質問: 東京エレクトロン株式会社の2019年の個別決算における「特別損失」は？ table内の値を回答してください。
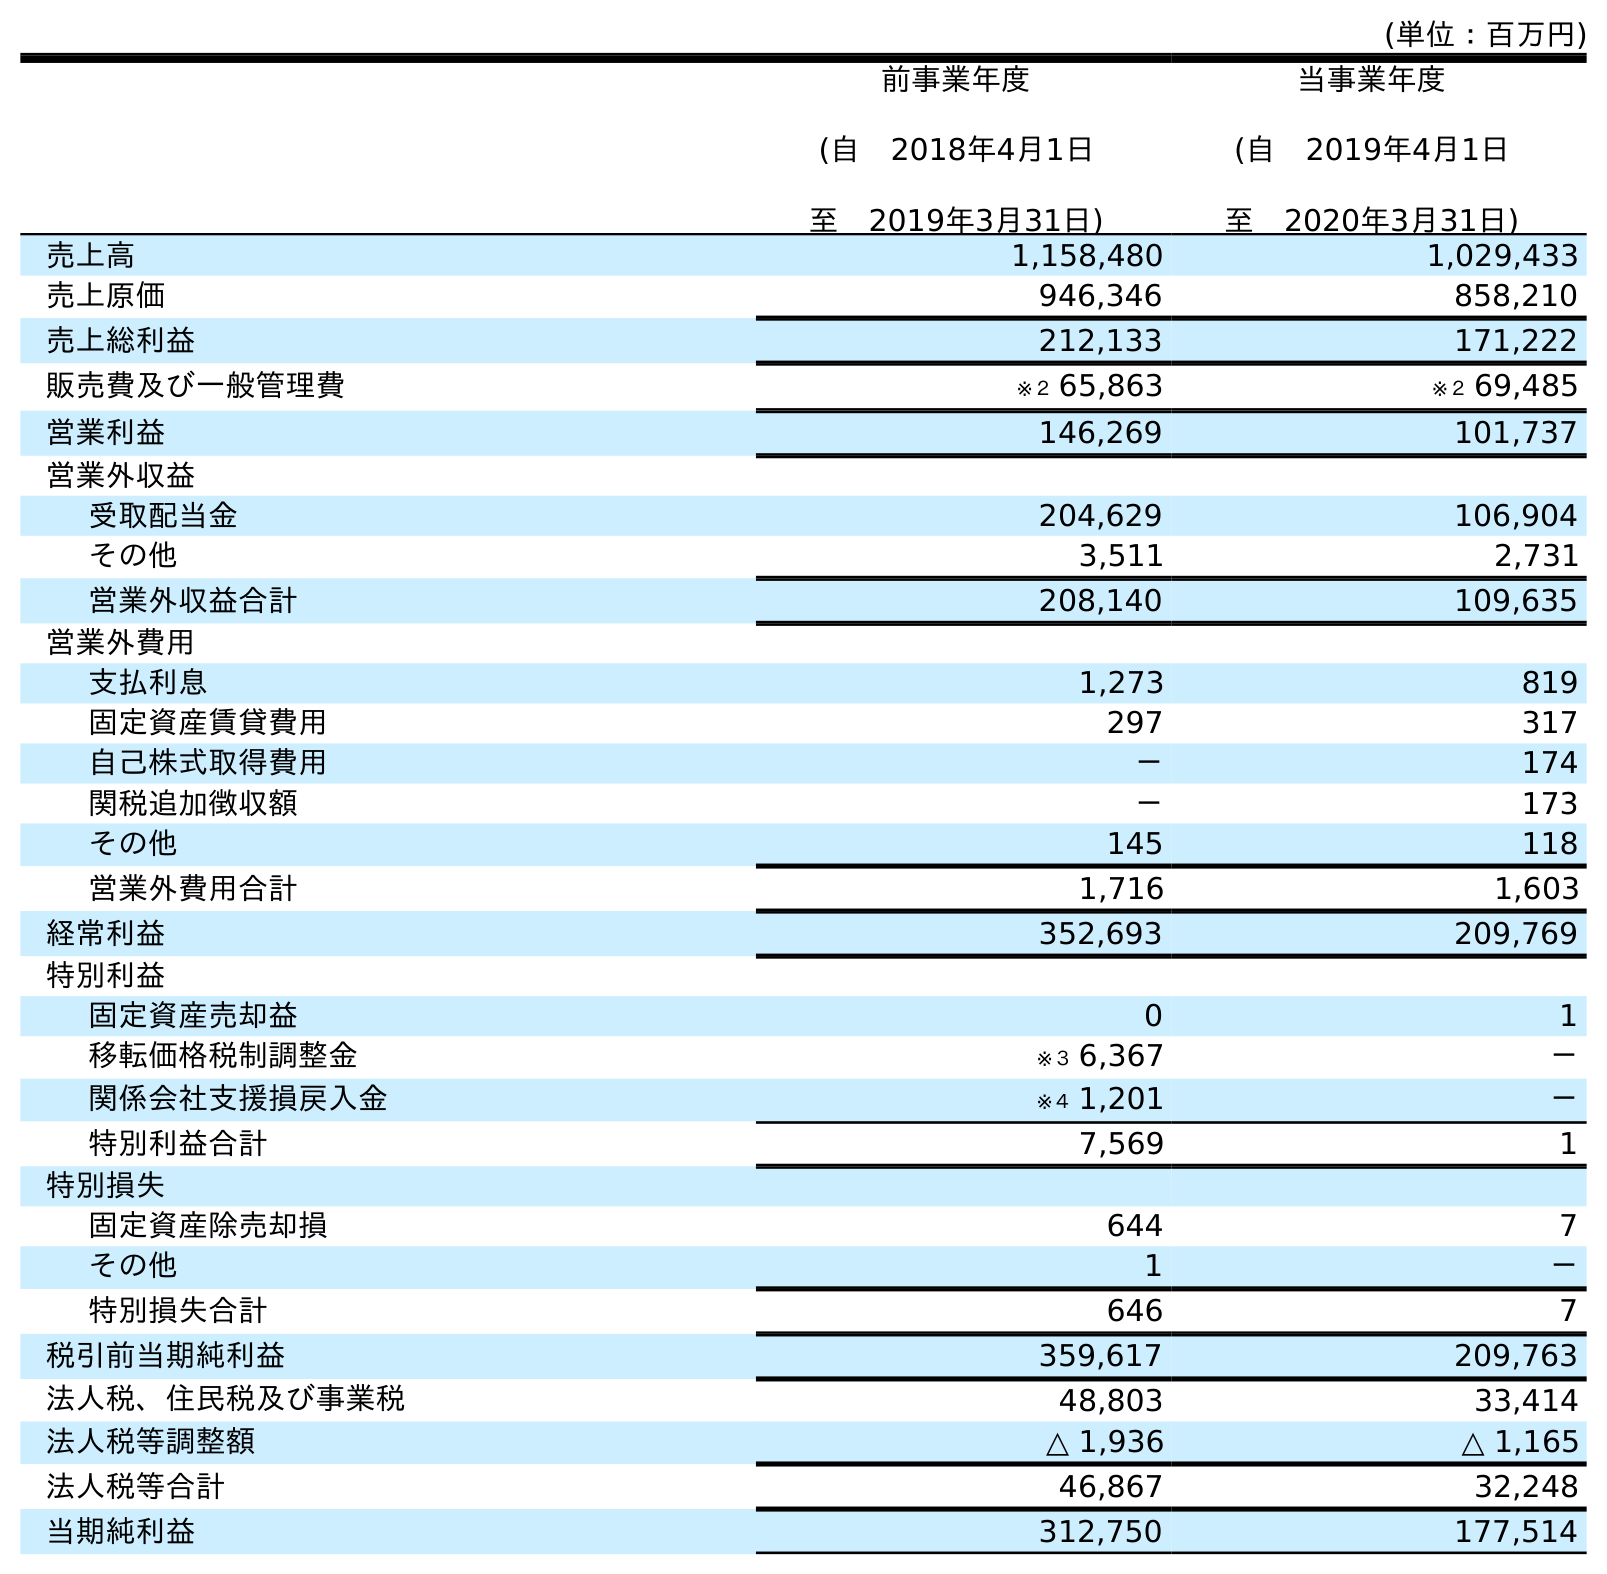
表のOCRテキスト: (単位：百万円) 前事業年度 (自 2018年4月1日 至 2019年3月31日) 当事業年度 (自 2019年4月1日 至 2020年3月31日) 売上高 1,158,480 1,029,433 売上原価 946,346 858,210 売上総利益 212,133 171,222 販売費及び一般管理費 ※２ 65,863 ※２ 69,485 営業利益 146,269 101,737 営業外収益 受取配当金 204,629 106,904 その他 3,511 2,731 営業外収益合計 208,140 109,635 営業外費用 支払利息 1,273 819 固定資産賃貸費用 297 317 自己株式取得費用 － 174 関税追加徴収額 － 173 その他 145 118 営業外費用合計 1,716 1,603 経常利益 352,693 209,769 特別利益 固定資産売却益 0 1 移転価格税制調整金 ※３ 6,367 － 関係会社支援損戻入金 ※４ 1,201 － 特別利益合計 7,569 1 特別損失 固定資産除売却損 644 7 その他 1 － 特別損失合計 646 7 税引前当期純利益 359,617 209,763 法人税、住民税及び事業税 48,803 33,414 法人税等調整額 △ 1,936 △ 1,165 法人税等合計 46,867 32,248 当期純利益 312,750 177,514
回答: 646